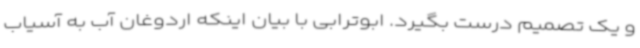
و یک تصمیم درست بگیرد. ابوترابی با بیان اینکه اردوغان آب به آسیاب